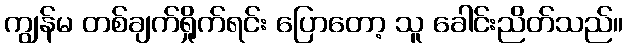
ကျွန်မ တစ်ချက်ရှိုက်ရင်း ပြောတော့ သူ ခေါင်းညိတ်သည်။